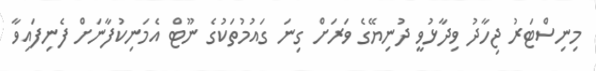
މިނިސްޓަރު ޖިހާދު ވިދާޅުވީ ދުނިޔޭގެ ވަރަށް ގިނަ ގައުމުތަކުގެ ނޫޓް އެމަނިކުފާނަށް ފެނިފައިވާ